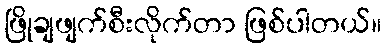
ဖြိုချဖျက်စီးလိုက်တာ ဖြစ်ပါတယ်။